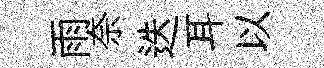
雨奈迭耳以